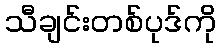
သီချင်းတစ်ပုဒ်ကို